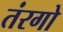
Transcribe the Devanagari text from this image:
तंरगो